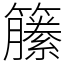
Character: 籘